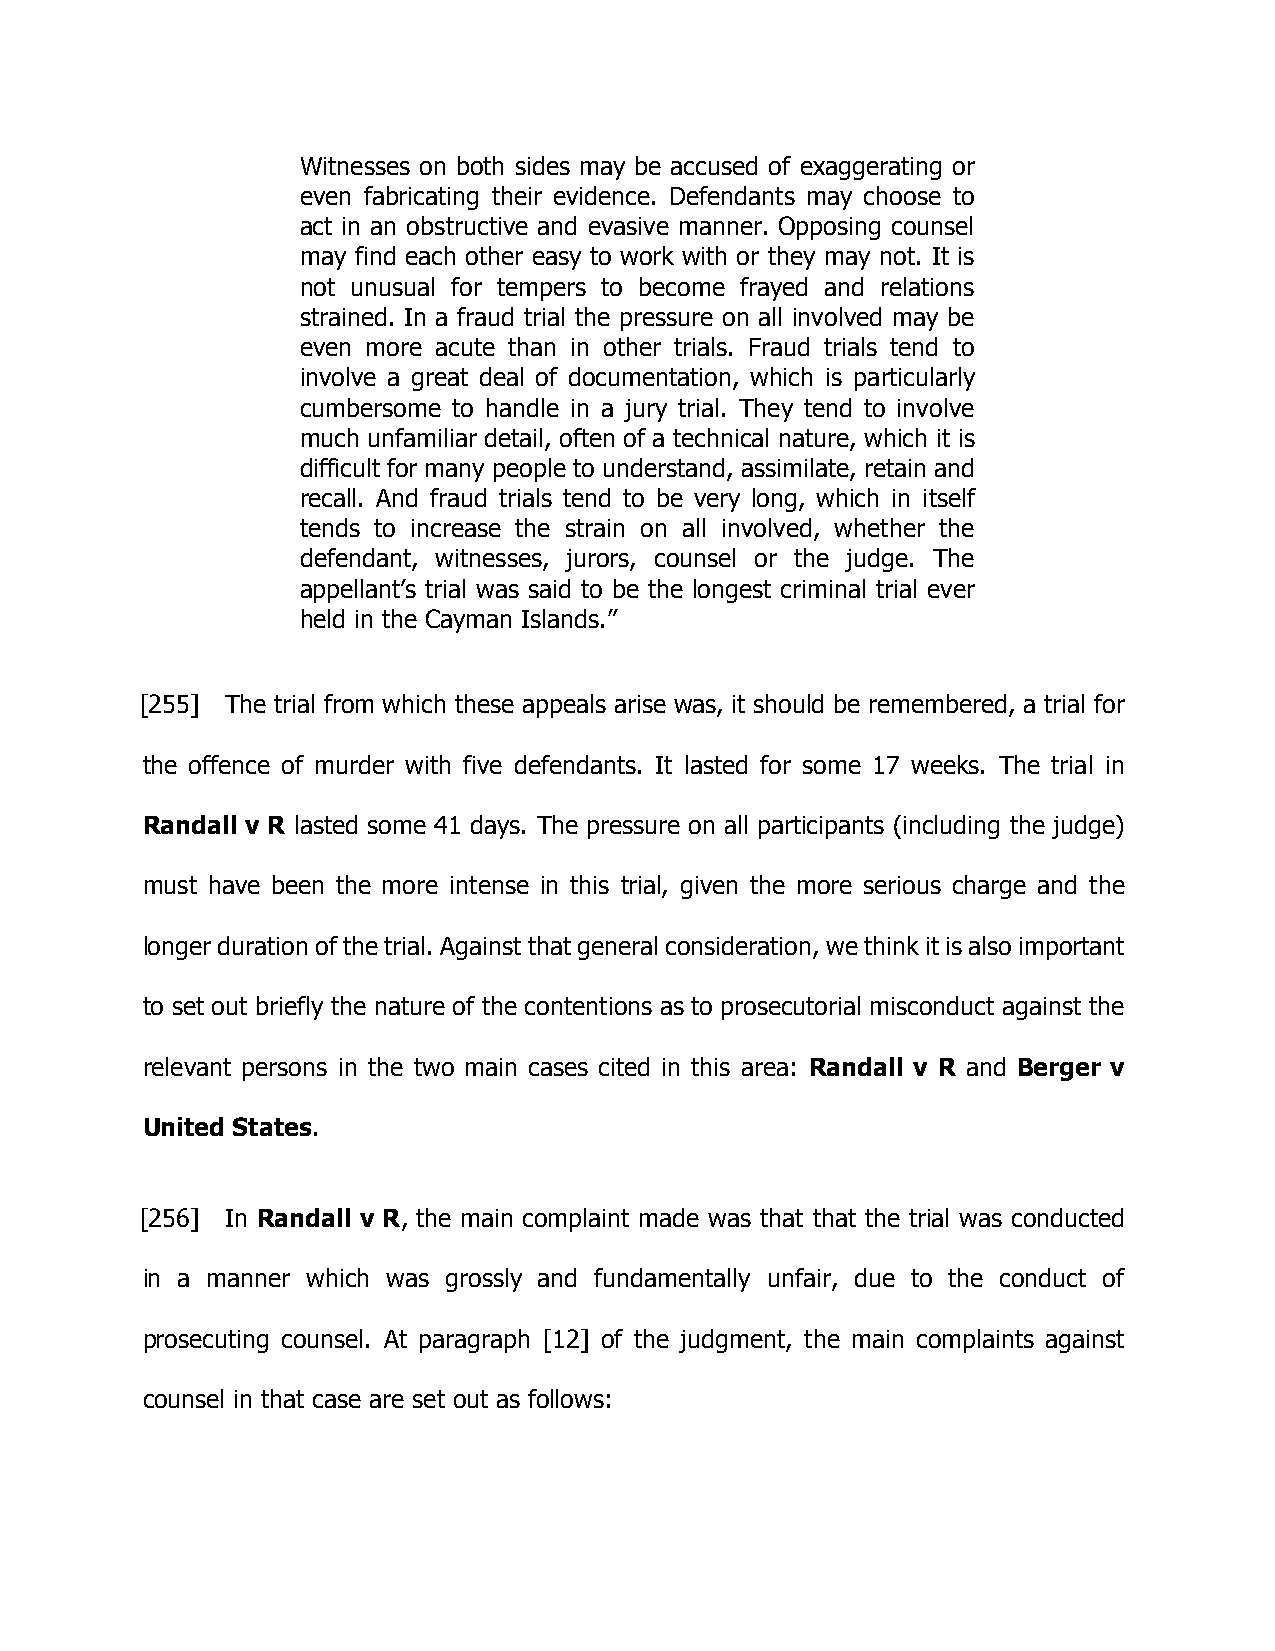
Witnesses on both sides may be accused of exaggerating or
 even fabricating their evidence. Defendants may choose to
 act in an obstructive and evasive manner. Opposing counsel
 may find each other easy to work with or they may not. It is
 not unusual for tempers to become frayed and relations
 strained. In a fraud trial the pressure on all involved may be
 even more acute than in other trials. Fraud trials tend to
 involve a great deal of documentation, which is particularly
 cumbersome to handle in a jury trial. They tend to involve
 much unfamiliar detail, often of a technical nature, which it is
 difficult for many people to understand, assimilate, retain and
 recall. And fraud trials tend to be very long, which in itself
 tends to increase the strain on all involved, whether the
 defendant, witnesses, jurors, counsel or the judge. The
 appellant’s trial was said to be the longest criminal trial ever
 held in the Cayman Islands.”
 [255] The trial from which these appeals arise was, it should be remembered, a trial for
 the offence of murder with five defendants. It lasted for some 17 weeks. The trial in
 Randall v R lasted some 41 days. The pressure on all participants (including the judge)
 must have been the more intense in this trial, given the more serious charge and the
 longer duration of the trial. Against that general consideration, we think it is also important
 to set out briefly the nature of the contentions as to prosecutorial misconduct against the
 relevant persons in the two main cases cited in this area: Randall v R and Berger v
 United States.
 [256] In Randall v R, the main complaint made was that that the trial was conducted
 in a manner which was grossly and fundamentally unfair, due to the conduct of
 prosecuting counsel. At paragraph [12] of the judgment, the main complaints against
 counsel in that case are set out as follows: